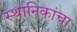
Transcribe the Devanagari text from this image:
स्थानिकांचा